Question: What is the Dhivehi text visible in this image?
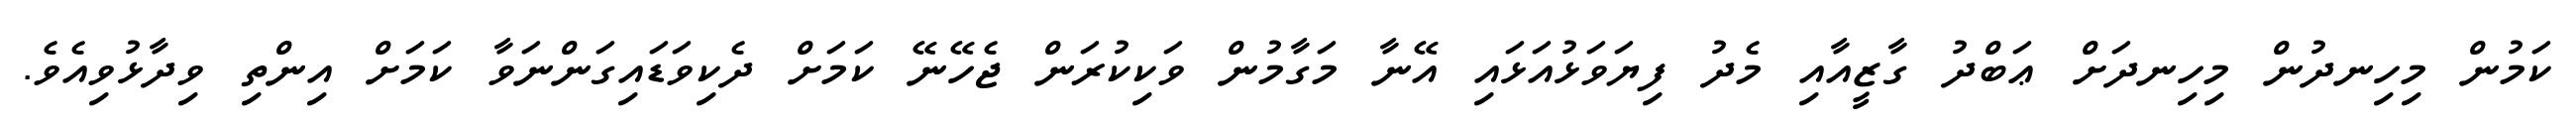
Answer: ކަމުން މިހިނދުން މިހިނދަށް ޢަބްދު ގާޒީއާއި މެދު ފިޔަވަޅުއަޅައި އޭނާ މަގާމުން ވަކިކުރަން ޖެހޭނޭ ކަމަށް ދެކިވަޑައިގަންނަވާ ކަމަށް އިންތި ވިދާޅުވިއެވެ.